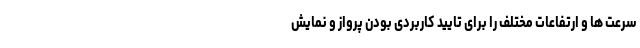
سرعت ها و ارتفاعات مختلف را برای تایید کاربردی بودن پرواز و نمایش